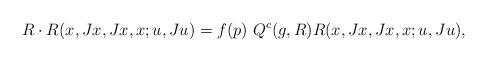
LaTeX: \begin{align*}R\cdot R(x,Jx,Jx,x;u,Ju)=f(p)\,\,Q^c(g,R) R(x,Jx,Jx,x;u,Ju),\end{align*}